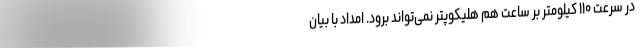
در سرعت ۱۱۰ کیلومتر بر ساعت هم هلیکوپتر نمی‌تواند برود. امداد با بیان